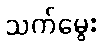
သက်မွေး